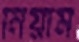
নিয়াম